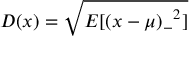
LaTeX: D ( x ) = { \sqrt { E [ { ( x - \mu ) _ { - } } ^ { 2 } ] } }